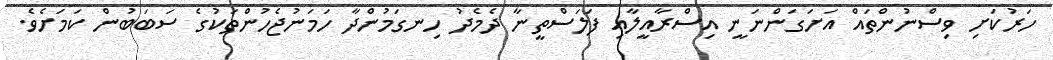
ހަރުކަށި ވިސްނުންތައް އަށަގަންނަނީ އިސްރާއީލާއި ފަލަސްތީނާ ދެމެދު ހިނގަމުންދާ ހަމަނުޖެހުންތަކުގެ ސަބަބުން ކަމަށެވެ.